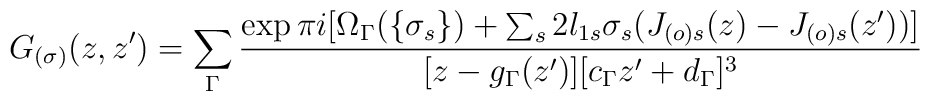
G_{(\sigma)}(z,z')= \sum_\Gamma\frac{\exp\pi i[\Omega_\Gamma(\{\sigma_s\})+\sum_s2l_{1s}\sigma_s(J_{(o)s}(z)-J_{(o)s}(z'))]}{[z-g_\Gamma(z')][c_\Gamma z'+d_\Gamma]^3}